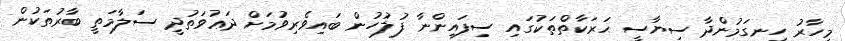
މިހާރު ހިނގަމުންދާ ސިޔާސީ ޙަރަކާތްތަކުގައި ސިފައިންނާ ފުލުހުން ބައިވެރިވުމަށް ދަޢުވަތުދީ ސަލާމަތީ ބާރުތަކުން